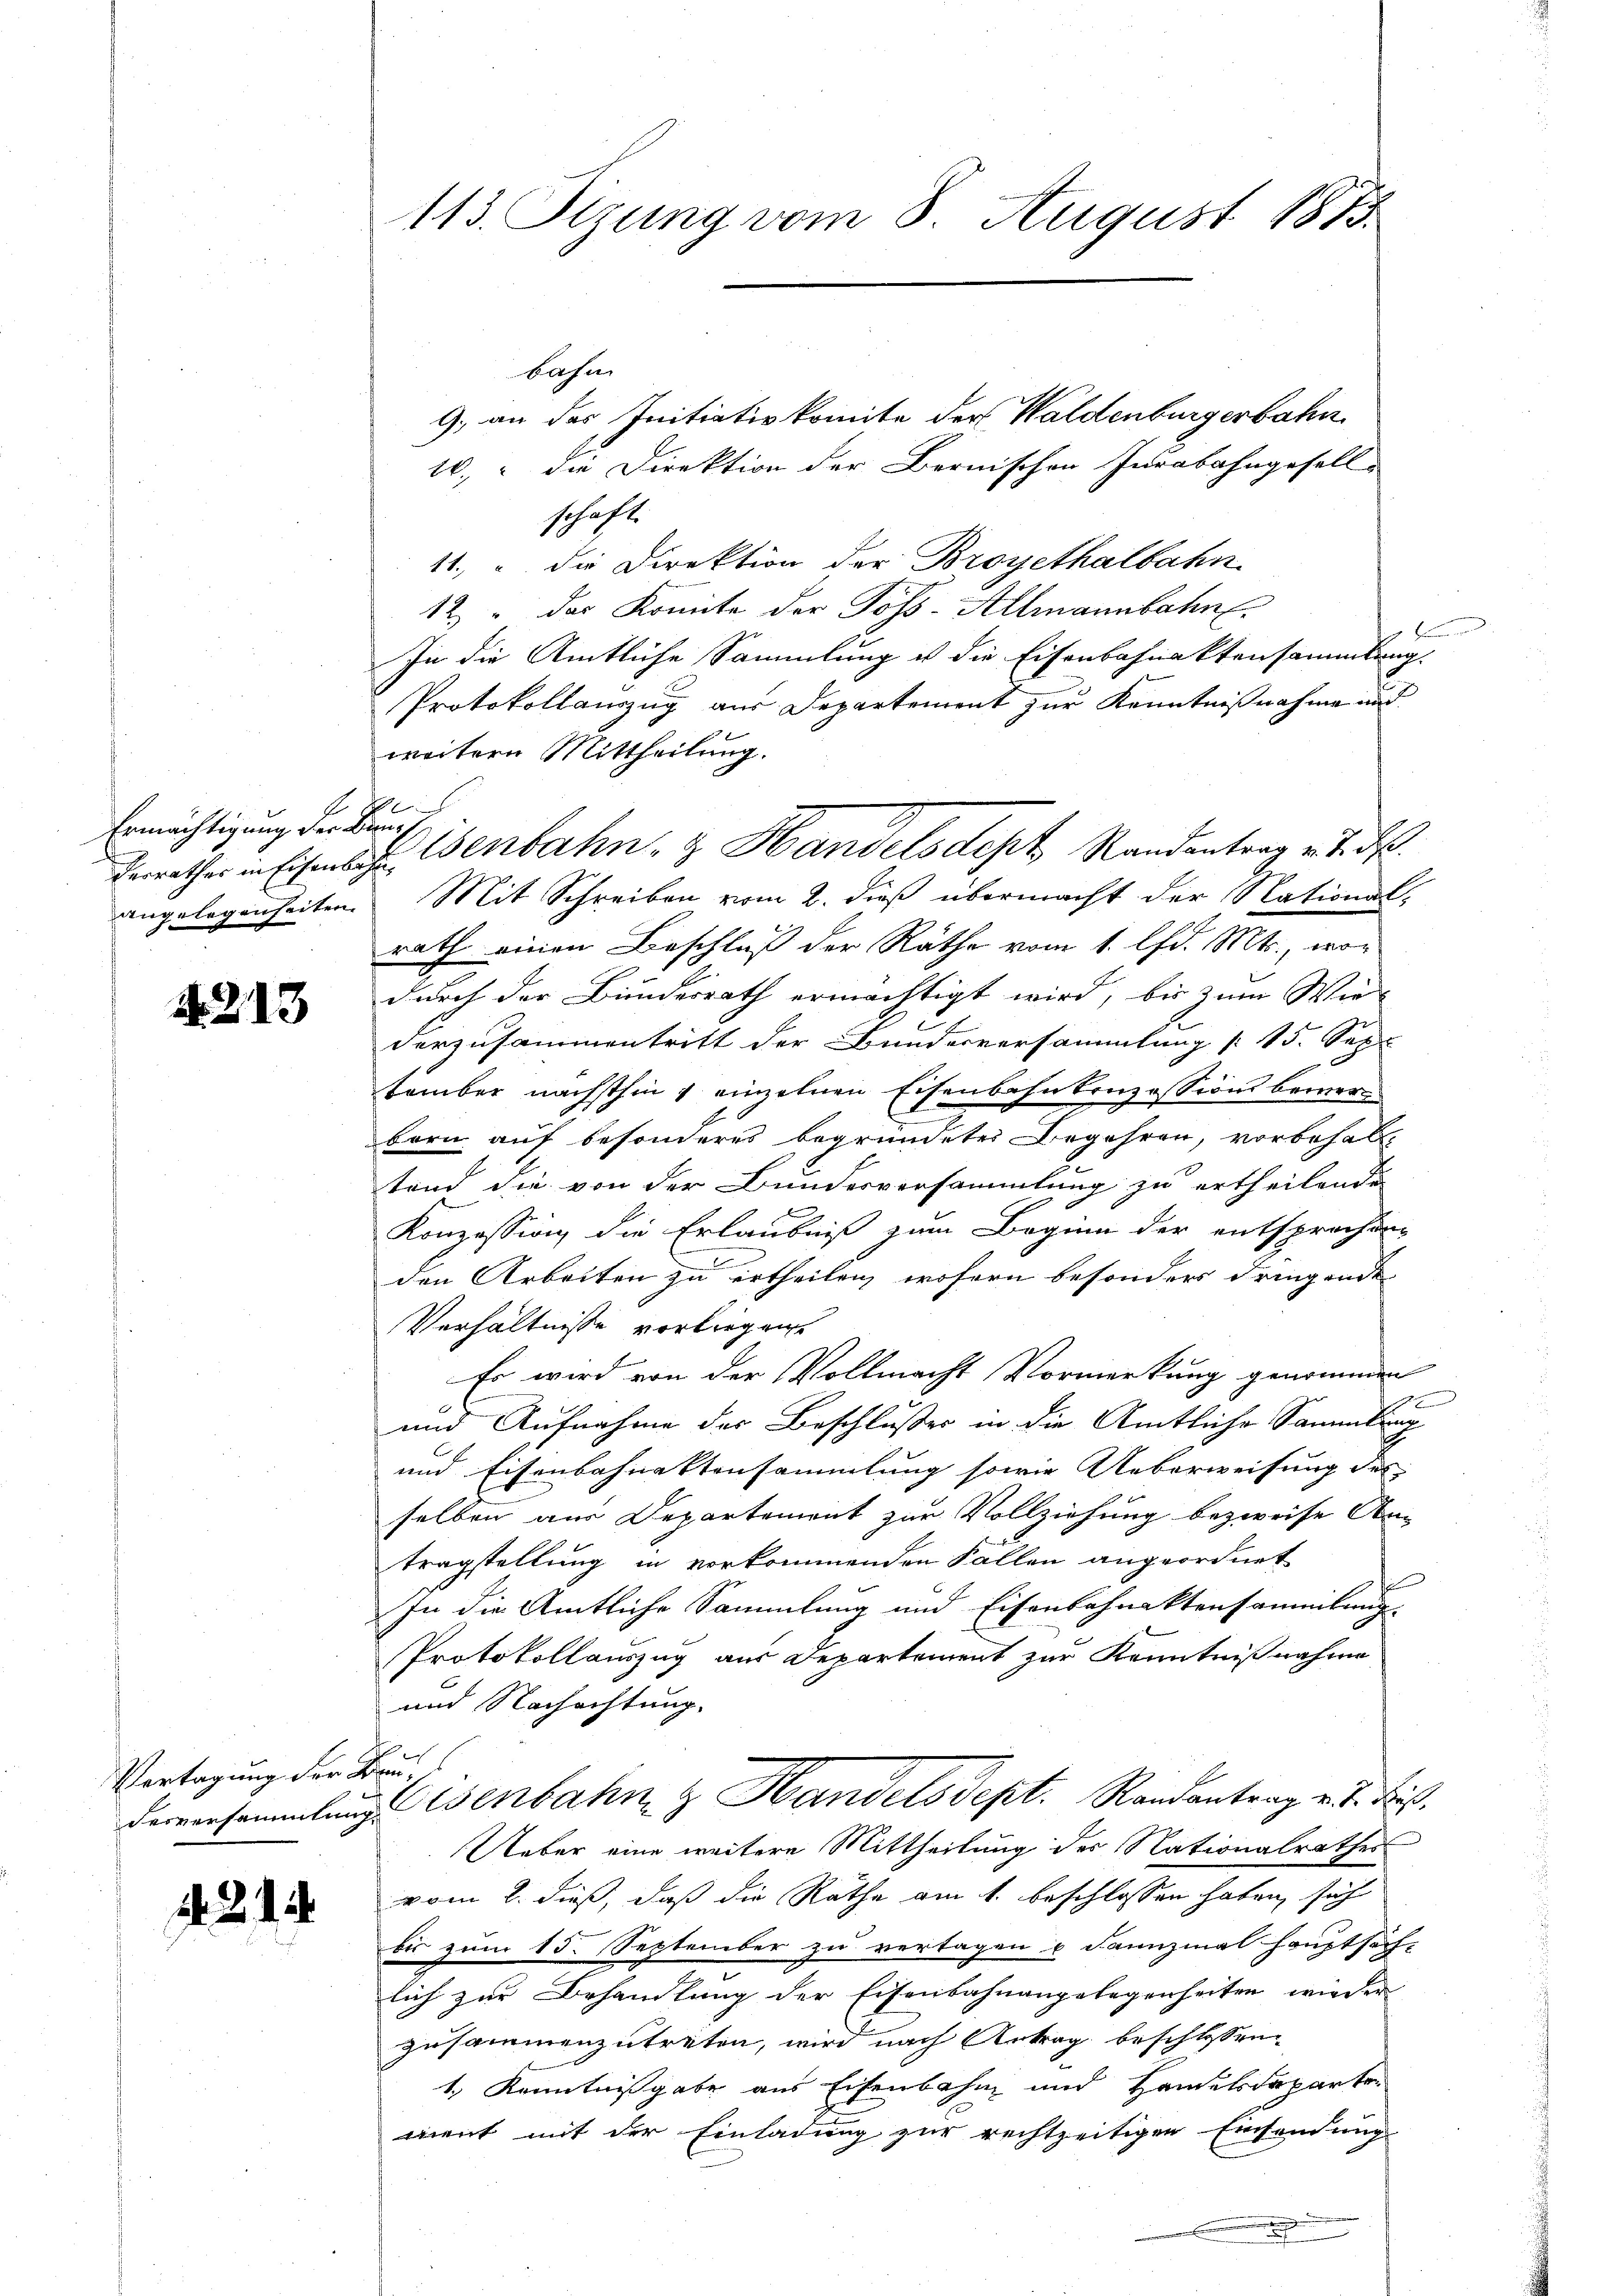
Ermächtigung der Bun¬

A.213

Vertagung der Kan¬

. . . .

113. Sizung vom 8. August 1873.

bahn
9. an der Initiativkomite der Waldenburgerbahn
10. die Direktion der Bernischen Jurabahngesell
schaft.
11. u die Direktion der Broyethalbahn
12. " Das Komite der Poss-Allmannbahn E
In die Amtliche Sammlung u die Eisenbahnaktensammlung.
Protokollauszug aus Departement zur Kenntnißnahme und
weitern Mittheilung.
x
Terrathes in Eisenbache Verbahn- & Handelsdept Randantrag er d
angelegenheiten. Mit Schreiben vom 2. dieß übermacht der National-
rath einen Beschluß der Räthe vom 1. lfd. Mts., wor
durch der Bundesrath ermächtigt wird, bis zum Wir
darzusammentritt der Bunderversammlung (15. Sep
tember nächsthin 1 einzelnen Eisenbahnkonzessions bemerbern auf besonderes begründetes Begehren, vorbehal-
tand die von der Bundesversammlung zu ertheilende
Konzession die Erlaubniß zum Beginn der entsprochen
a
den Arbeiten zu ertheilen, wofern besonders dringende
Verhältnisse vorliegen.
Es wird von der Vollmacht Vormerkung genommen

und Aufnahme der Beschlußes in die Amtliche Sammlung
und Eisenbahnektensammlung sowie Ueberweisung des
selben aus Departemont zur Vollziehung bezweife An-
tragstellung in vorkommenden Fällen angeordnet
In die Amtliche Sammlung und Eisenbahnaktensammlung.
Protokollauszug aus Departement zur Kenntnißnahme
und Nachachtung.
2
derversammlung isenbahn & Handelsdept. Randantrag v. J. Fuß.
Ueber eine weitere Mittheilung des Nationalrathes
vom 2. dieß, daß die Räthe am 1. beschlossen haben, sich
bis zum 15. September zu vertagen u. dannzmal hauptsäch-
lich zur Behandlung der Eisenbahnangelegenheiten wieder
zusammenzutreten, wird nach Antrag beschlossen
1., Kenntnißgabe aus Eisenbahn und Handelsdeparte
ment mit der Einladung zur rechtzeitigen Einsendung